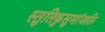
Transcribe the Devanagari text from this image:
स्तुतिकुसुमांजलि